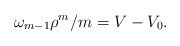
\begin{align*}\omega_{m-1} \rho^m / m = V- V_0.\end{align*}